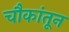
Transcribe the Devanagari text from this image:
चौकांतून